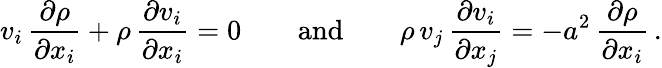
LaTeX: v_{i}\, {\frac{\partial\rho}{\partial x_{i}}}+\rho\, {\frac{\partial v_{i}}{\partial x_{i}}}=0\qquad{\mathrm{and}}\qquad\rho\, v_{j}\, {\frac{\partial v_{i}}{\partial x_{j}}}=-a^{2}\, {\frac{\partial\rho}{\partial x_{i}}}\, .